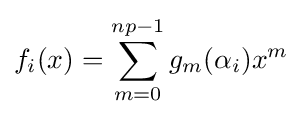
f_{i}(x)=\sum _{m=0}^{np-1}g_{m}(\alpha _{i})x^{m}